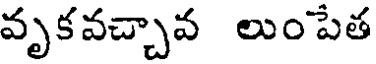
వృకవచ్చావ లుంపేత